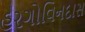
હરગોવિનદાસ